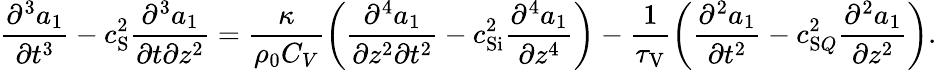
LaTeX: \frac{\partial^{3}a_{1}}{\partial t^{3}}-c_{\mathrm{S}}^{2}\frac{\partial^{3}a_{1}}{\partial t\partial z^{2}}=\frac{\kappa}{\rho_{0}C_{V}}\left(\frac{\partial^{4}a_{1}}{\partial z^{2}\partial t^{2}}-c_{\mathrm{Si}}^{2}\frac{\partial^{4}a_{1}}{\partial z^{4}}\right)-\frac{1}{\tau_{\mathrm{V}}}\left(\frac{\partial^{2}a_{1}}{\partial t^{2}}-c_{\mathrm{S}Q}^{2}\frac{\partial^{2}a_{1}}{\partial z^{2}}\right).